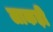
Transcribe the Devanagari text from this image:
लाकड़ी